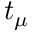
t _ { \mu }